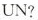
UN?